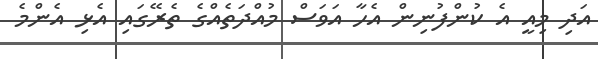
އަދި މިއީ އެ ކުންފުނިން އެހާ އަވަސް މުއްދަތެއްގެ ތެރޭގައި އެޅި އެންމެ